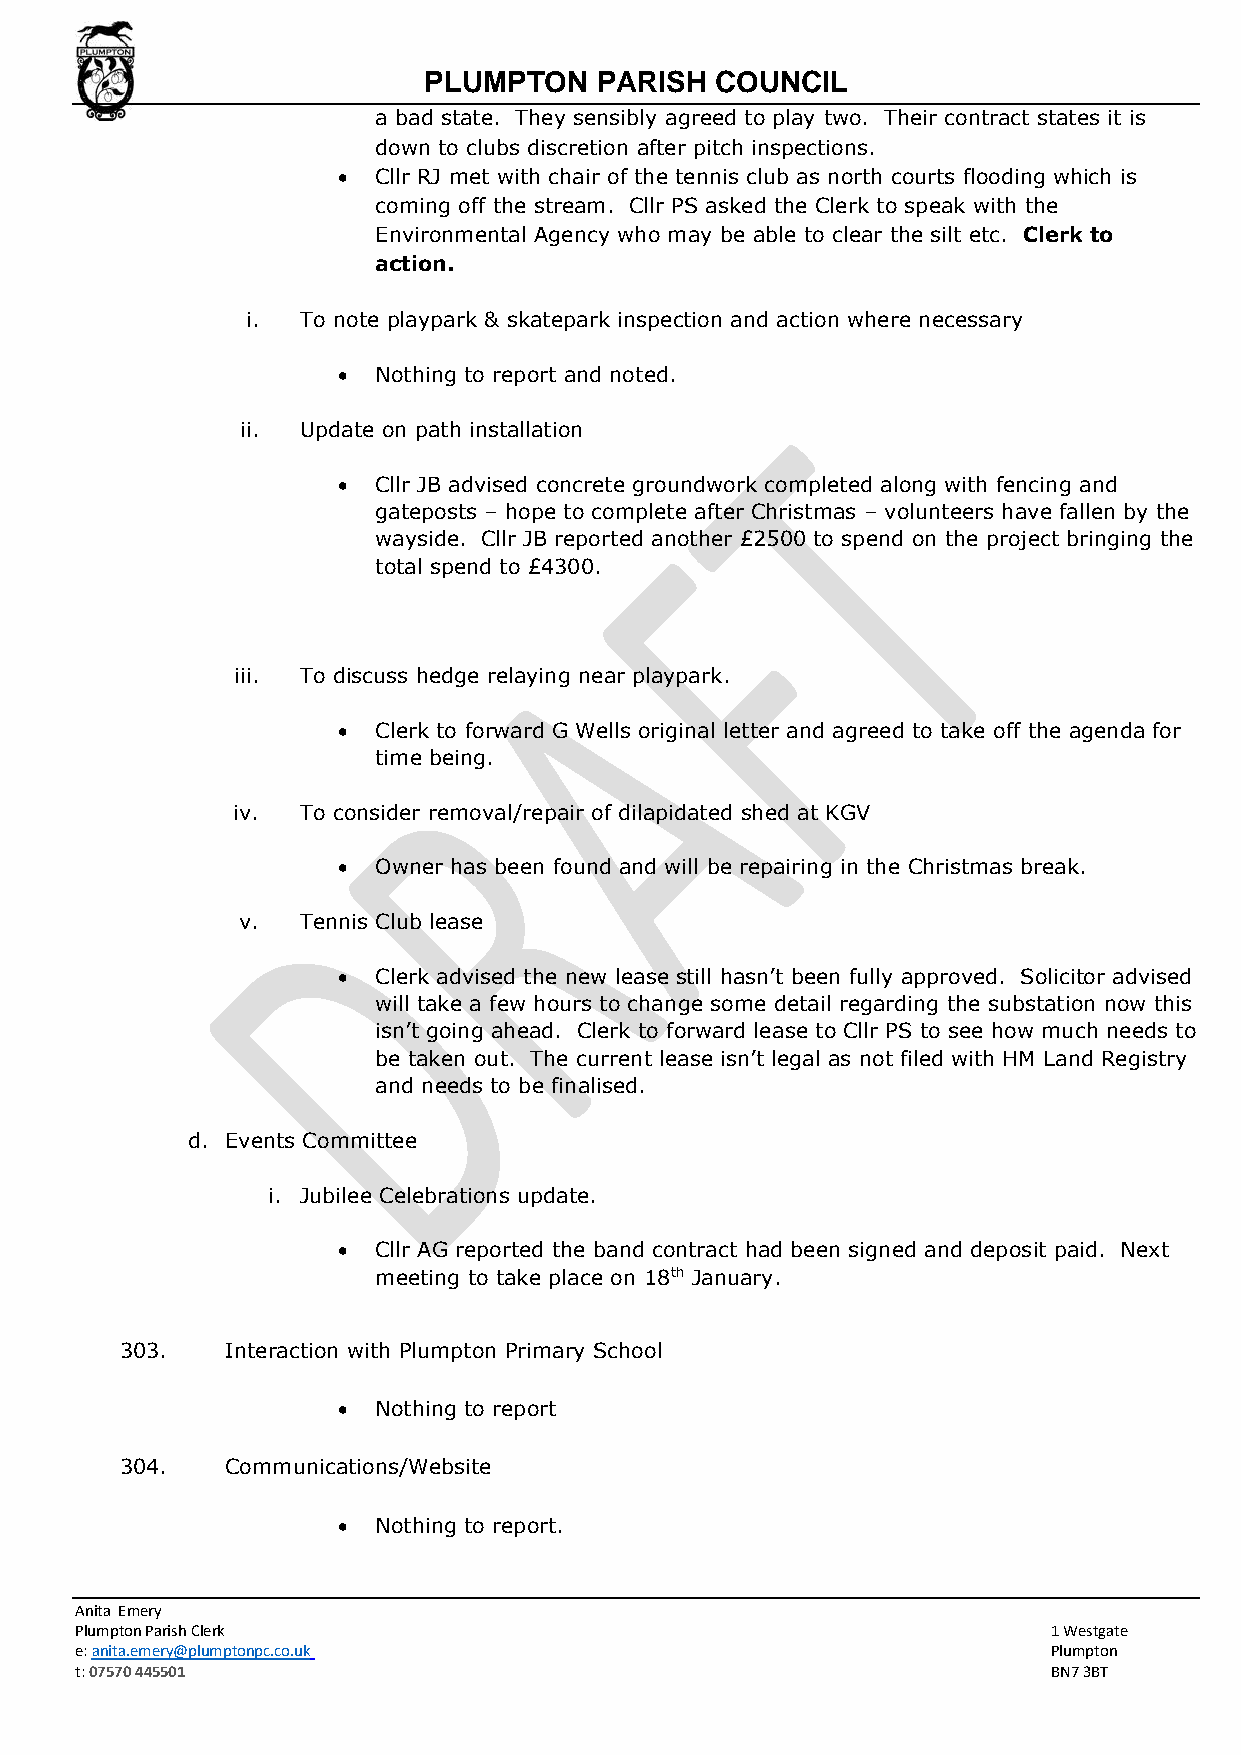
PLUMPTON   PARISH  COUNCIL
 a bad state. They sensibly agreed to play two. Their contract states it is
 down to clubs discretion after pitch inspections.
 •  Cllr RJ met with chair of the tennis club as north courts flooding which is
 coming off the stream. Cllr PS asked the Clerk to speak with the
 Environmental Agency who may be able to clear the silt etc. Clerk to
 action.
 i.  To note playpark & skatepark inspection and action where necessary
 •  Nothing to report and noted.
 ii. Update on path installation
 •  Cllr JB advised concrete groundwork completed along with fencing and
 gateposts – hope to complete after Christmas – volunteers have fallen by the
 wayside. Cllr JB reported another £2500 to spend on the project bringing the
 total spend to £4300.
 iii. To discuss hedge relaying near playpark.
 •  Clerk to forward G Wells original letter and agreed to take off the agenda for
 time being.
 iv.  To consider removal/repair of dilapidated shed at KGV
 •  Owner has been found and will be repairing in the Christmas break.
 v.  Tennis Club lease
 •  Clerk advised the new lease still hasn’t been fully approved. Solicitor advised
 will take a few hours to change some detail regarding the substation now this
 isn’t going ahead. Clerk to forward lease to Cllr PS to see how much needs to
 be taken out. The current lease isn’t legal as not filed with HM Land Registry
 and needs to be finalised.
 d. Events Committee
 i. Jubilee Celebrations update.
 •  Cllr AG reported the band contract had been signed and deposit paid. Next
 meeting to take place on 18th January.
 303.   Interaction with Plumpton Primary School
 •  Nothing to report
 304.   Communications/Website
 •  Nothing to report.
 Anita Emery
 Plumpton Parish Clerk                                            1 Westgate
 e: anita.emery@plumptonpc.co.uk                                  Plumpton
 t: 07570 445501                                                  BN7 3BT